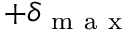
+ \delta _ { \mathrm { ~ m ~ a ~ x ~ } }